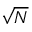
\sqrt { N }